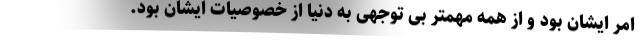
امر ایشان بود و از همه مهمتر بی توجهی به دنیا از خصوصیات ایشان بود.